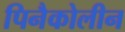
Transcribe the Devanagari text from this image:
पिनैकोलीन